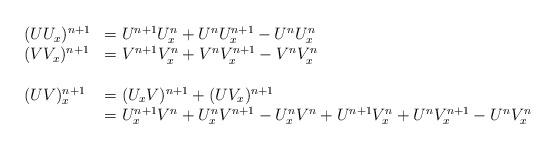
LaTeX: \begin{align*}\begin{array}{ll}(UU_{x})^{n+1} & =U^{n+1}U_{x}^{n}+U^{n}U_{x}^{n+1}-U^{n}U_{x}^{n} \\ (VV_{x})^{n+1} & =V^{n+1}V_{x}^{n}+V^{n}V_{x}^{n+1}-V^{n}V_{x}^{n} \\ & \\ (UV)_{x}^{n+1} & =(U_{x}V)^{n+1}+(UV_{x})^{n+1} \\ & =U_{x}^{n+1}V^{n}+U_{x}^{n}V^{n+1}-U_{x}^{n}V^{n}+U^{n+1}V_{x}^{n}+U^{n}V_{x}^{n+1}-U^{n}V_{x}^{n}\end{array}\end{align*}